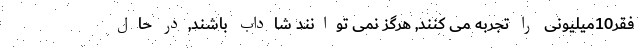
فقر10میلیونی را تجربه می کنند, هرگز نمی توانند شاداب باشند,در حال